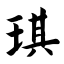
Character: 琪